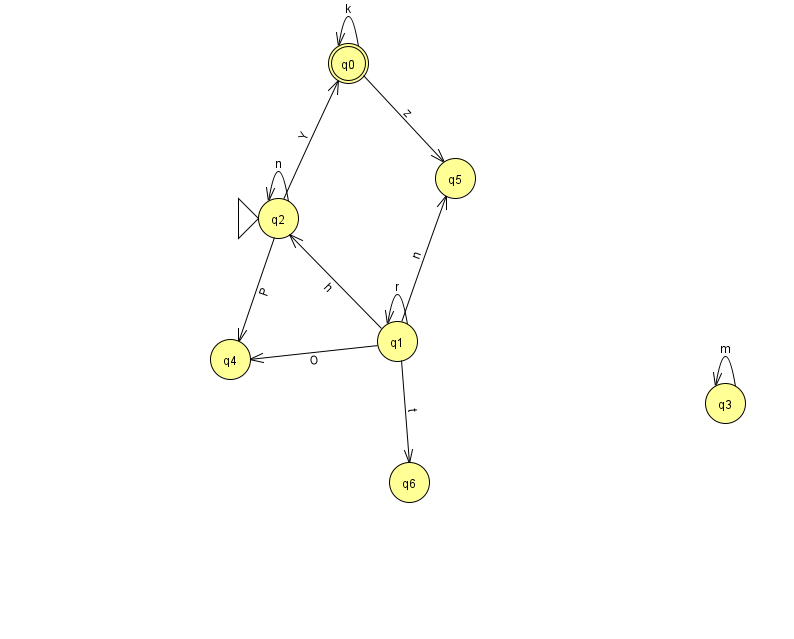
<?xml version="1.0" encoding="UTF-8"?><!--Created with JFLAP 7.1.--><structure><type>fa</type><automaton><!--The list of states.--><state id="0" name="q0"><x>348.0</x><y>50.0</y><final/></state><state id="1" name="q1"><x>397.0</x><y>328.0</y></state><state id="2" name="q2"><x>278.0</x><y>205.0</y><initial/></state><state id="3" name="q3"><x>725.0</x><y>390.0</y></state><state id="4" name="q4"><x>230.0</x><y>346.0</y></state><state id="5" name="q5"><x>455.0</x><y>165.0</y></state><state id="6" name="q6"><x>409.0</x><y>469.0</y></state><!--The list of transitions.--><transition><from>0</from><to>5</to><read>z</read></transition><transition><from>1</from><to>1</to><read>r</read></transition><transition><from>1</from><to>2</to><read>h</read></transition><transition><from>2</from><to>4</to><read>P</read></transition><transition><from>1</from><to>4</to><read>O</read></transition><transition><from>0</from><to>0</to><read>k</read></transition><transition><from>1</from><to>5</to><read>n</read></transition><transition><from>1</from><to>6</to><read>t</read></transition><transition><from>3</from><to>3</to><read>m</read></transition><transition><from>2</from><to>2</to><read>n</read></transition><transition><from>2</from><to>0</to><read>Y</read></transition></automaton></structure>